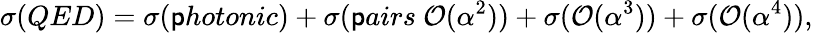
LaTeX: \sigma(QED)=\sigma(\mathsf{p}hotonic)+\sigma(\mathsf{p}airs~{\cal{O}}(\alpha^{2}))+\sigma({\cal{O}}(\alpha^{3}))+\sigma({\cal{O}}(\alpha^{4})),